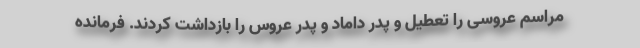
مراسم عروسی را تعطیل و پدر داماد و پدر عروس را بازداشت کردند. فرمانده